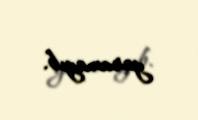
yaramayıb.